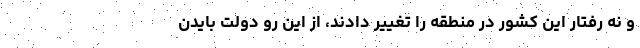
و نه رفتار این کشور در منطقه را تغییر دادند، از این رو دولت بایدن